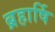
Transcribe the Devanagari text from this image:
ब्रहार्षि